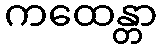
ကထေန္တာ